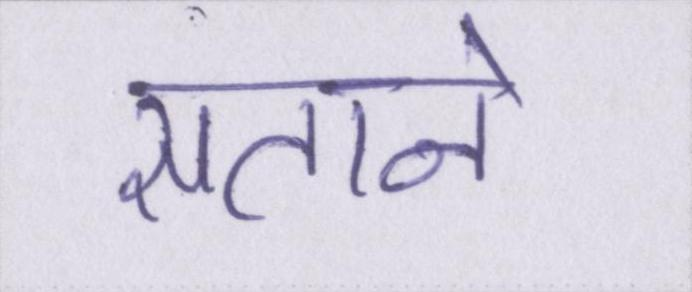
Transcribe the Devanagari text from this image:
सताने